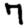
Digit: 7